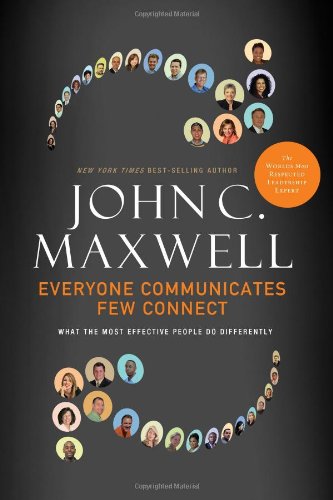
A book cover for Everyone Communicates, Few Connect: What the Most Effective People Do Differently; John C. Maxwell; Business & Money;